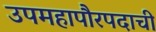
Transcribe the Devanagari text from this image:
उपमहापौरपदाची